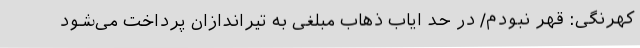
کهرنگی: قهر نبودم/ در حد ایاب ذهاب مبلغی به تیراندازان پرداخت می‌شود